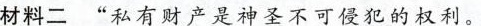
材料二”私有财产是神圣不可侵犯的权利。